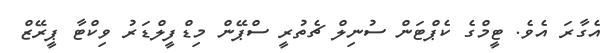
އެގާރަ އެވެ. ޓީމްގެ ކެޕްޓަން ސުނިލް ޗެތުރީ ސްޕޭން މިޑްފީލްޑަރު ވިކްޓާ ޕީރޭޒް